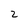
Character: 2